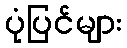
ပုံပြင်များ